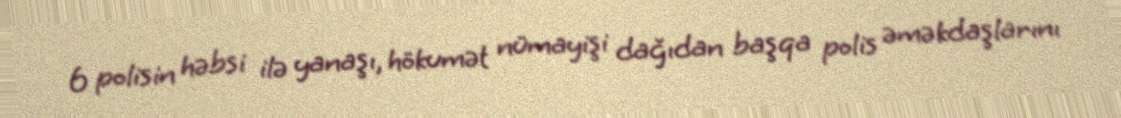
6 polisin həbsi ilə yanaşı, hökumət nümayişi dağıdan başqa polis əməkdaşlarını